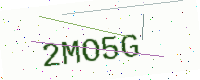
Text: 2MO5G